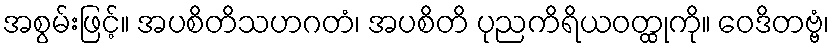
အစွမ်းဖြင့်။ အပစိတိသဟဂတံ၊ အပစိတိ ပုညကိရိယဝတ္ထုကို။ ဝေဒိတဗ္ဗံ၊